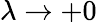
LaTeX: \lambda\to+0